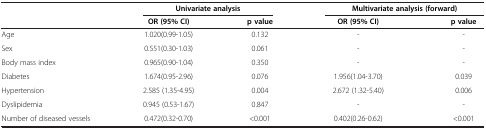
<table><thead><tr><td rowspan="2"><b> </b></td><td colspan="2"><b>Univariate analysis</b></td><td colspan="2"><b>Multivariate analysis (forward)</b></td></tr><tr><td><b>OR (95% CI)</b></td><td><b>p value</b></td><td><b>OR (95% CI)</b></td><td><b>p value</b></td></tr></thead><tbody><tr><td>Age</td><td>1.020(0.99-1.05)</td><td>0.132</td><td>-</td><td>-</td></tr><tr><td>Sex</td><td>0.551(0.30-1.03)</td><td>0.061</td><td>-</td><td>-</td></tr><tr><td>Body mass index</td><td>0.965(0.90-1.04)</td><td>0.350</td><td>-</td><td>-</td></tr><tr><td>Diabetes</td><td>1.674(0.95-2.96)</td><td>0.076</td><td>1.956(1.04-3.70)</td><td>0.039</td></tr><tr><td>Hypertension</td><td>2.585 (1.35-4.95)</td><td>0.004</td><td>2.672 (1.32-5.40)</td><td>0.006</td></tr><tr><td>Dyslipidemia</td><td>0.945 (0.53-1.67)</td><td>0.847</td><td>-</td><td>-</td></tr><tr><td>Number of diseased vessels</td><td>0.472(0.32-0.70)</td><td>&lt;0.001</td><td>0.402(0.26-0.62)</td><td>&lt;0.001</td></tr></tbody></table>